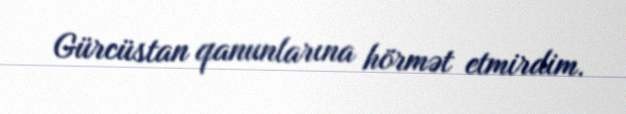
Gürcüstan qanunlarına hörmət etmirdim.